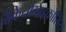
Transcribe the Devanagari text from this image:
बैंकियोमाइकोसिस